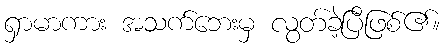
ရှာမာကား အသက်ဘေးမှ လွတ်ခဲ့ပြီဖြစ်၏။